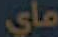
مای